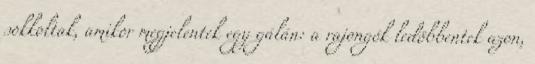
sokkoltak, amikor megjelentek egy gálán: a rajongók ledöbbentek azon,